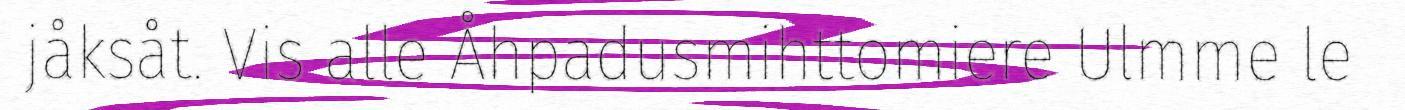
jåksåt. Vis alle Åhpadusmihttomiere Ulmme le